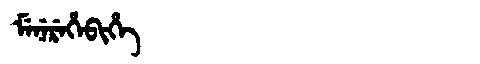
Manchu: ᠮᡝᠨᡝᡵᡝᡥᡝᠪᡳᡥᡝ
Romanization: MENEREHEBIHE